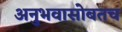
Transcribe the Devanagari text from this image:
अनुभवासोबतच